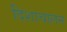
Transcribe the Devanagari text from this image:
दिशाचालन